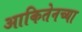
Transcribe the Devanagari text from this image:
आकितेनच्या